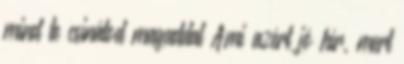
mind te csinálod magaddal Ami azért jó hír, mert